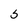
Character: 5